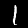
Digit: 1